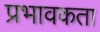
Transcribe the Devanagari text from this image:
प्रभावकता